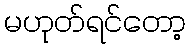
မဟုတ်ရင်တော့